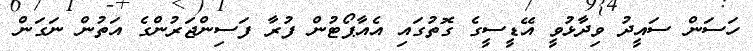
ހަސަން ސައީދު ވިދާޅުވީ އޭޑީސީގެ ގޮތުގައި އެއާޕޯޓުން ފުރާ ފަސިންޖަރުންގެ އަތުން ނަގަން